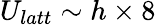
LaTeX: U_{latt}\sim h\times 8